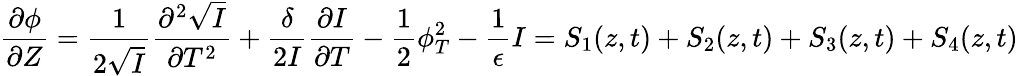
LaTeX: \frac{\partial\phi}{\partial Z}=\frac{1}{2\sqrt{I}}\frac{\partial^{2}\sqrt{I}}{\partial T^{2}}+\frac{\delta}{2I}\frac{\partial I}{\partial T}-\frac{1}{2}\phi_{T}^{2}-\frac{1}{\epsilon}I=S_{1}(z,t)+S_{2}(z,t)+S_{3}(z,t)+S_{4}(z,t)